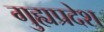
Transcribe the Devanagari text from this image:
गुह्यप्रदेश